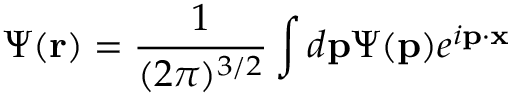
\Psi ( { \bf r } ) = \frac { 1 } { ( 2 \pi ) ^ { 3 / 2 } } \int d { \bf p } \Psi ( { \bf p } ) e ^ { i { \bf p } \cdot { \bf x } }